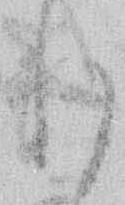
れ